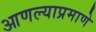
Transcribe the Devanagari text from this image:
आणल्याप्रमाणे